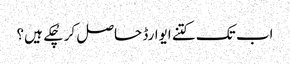
اب تک کتنے ایوارڈ حاصل کر چُکے ہیں؟